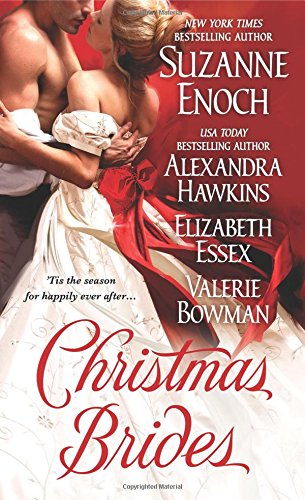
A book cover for Christmas Brides; Suzanne Enoch; Romance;